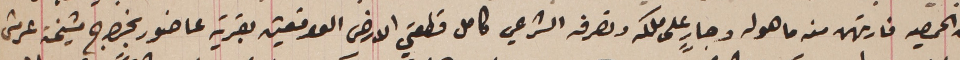
من الحميصه فارتهن منه ما هو له وجارٍ على ملكه وتصرفه الشرعي كامل قطعتي الارض الواقعتين بقرية عاضور بخراج مشيخة عرمتى